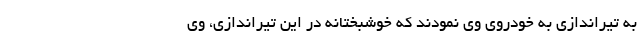
به تیراندازی به خودروی وی نمودند که خوشبختانه در این تیراندازی، وی